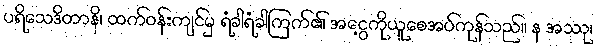
ပရိသေဒိတာနိ၊ ထက်ဝန်းကျင်မှ ရံခါရံခါကြက်၏ အငွေ့ကိုယူစေအပ်ကုန်သည်။ န အဿု၊